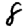
Digit: 8